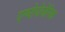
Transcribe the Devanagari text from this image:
एन्थ्‍रोपोजेनिक